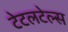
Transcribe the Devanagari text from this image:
टेटलटेल्स